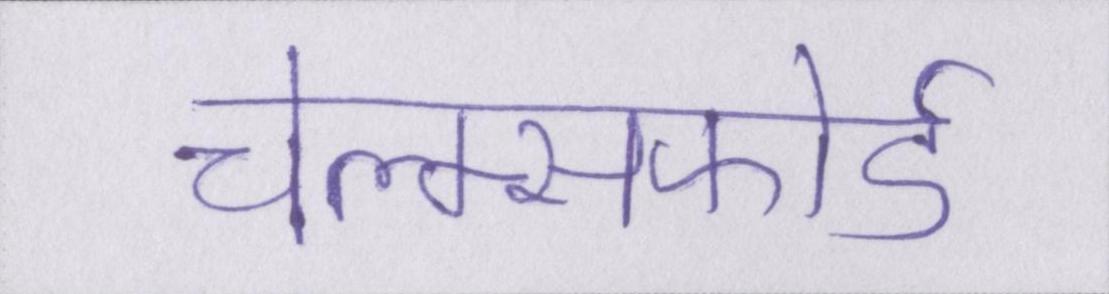
चेल्म्सफोर्ड